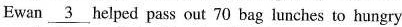
Ewan \underline{3} helped pass out 70 bag lunches to hungry